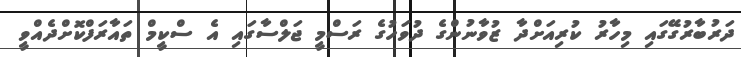
ދަރުބާރުގޭގައި މިހާރު ކުރިއަށްދާ ޒުވާނުންގެ ދުވަހުގެ ރަސްމީ ޖަލްސާގައި އެ ސްކީމް ތައާރަފްކޮށްދެއްވީ